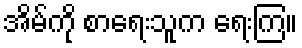
အိမ်ကို စာရေးသူက ရေးကြ။